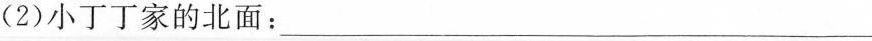
(2)小丁丁家的北面：___